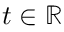
t \in \mathbb { R }